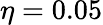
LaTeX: \eta=0.05